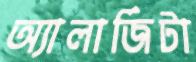
অ্যালার্জিটা